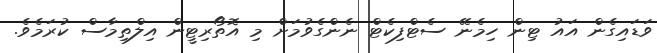
ވަޑައިގެން އައު ޓިން ހިމެނޭ ސެޓްފިކެޓް ނެންގެވުމަށް މި އޮތޯރިޓީން އިލްތިމާސް ކުރަމެވެ.